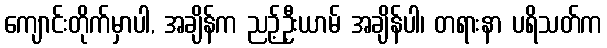
ကျောင်းတိုက်မှာပါ, အချိန်က ညဉ့်ဦးယာမ် အချိန်ပါ၊ တရားနာ ပရိသတ်က